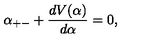
\alpha _ { + - } + \frac { d V ( \alpha ) } { d \alpha } = 0 ,